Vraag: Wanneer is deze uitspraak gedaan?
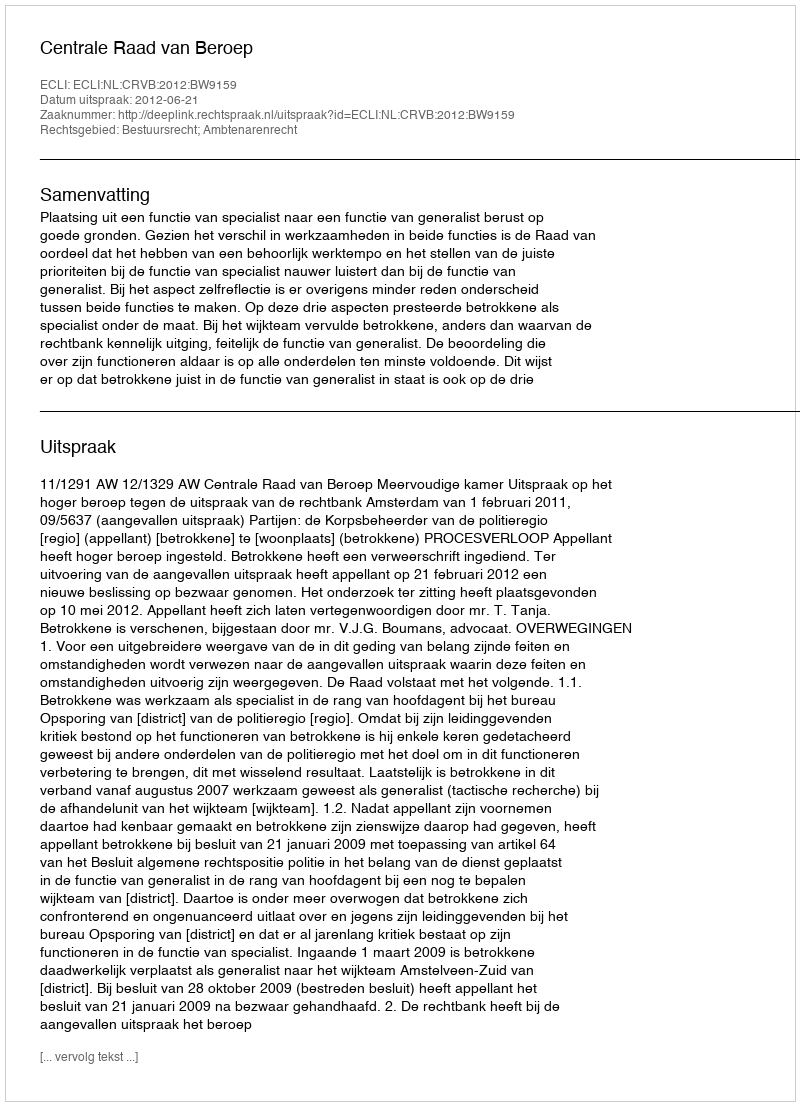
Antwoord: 2012-06-21